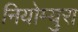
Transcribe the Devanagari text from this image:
नियोम्युरा